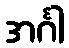
အင်္ဂါ